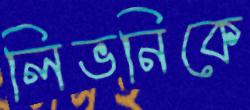
লিভনিকে